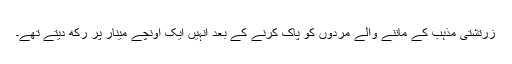
زرتشتی مذہب کے ماننے والے مردوں کو پاک کرنے کے بعد انہیں ایک اونچے مینار پر رکھ دیتے تھے۔